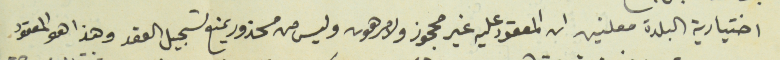
اختيارية البلدة معلنين ان المعقود عليه غير محجوز ولا مرهون وليس من محذور يمنع تسجيل العقد وهذا هو المعقود